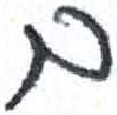
אות: ם